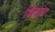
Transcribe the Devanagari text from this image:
शिज़ूका